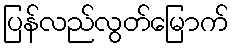
ပြန်လည်လွတ်မြောက်